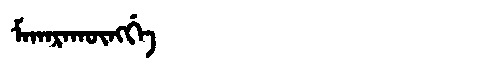
Manchu: ᠮᠠᡴᠠᡵᠠᡴᡡᠩᡤᡝ
Romanization: MAKARAKŪNGGE